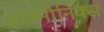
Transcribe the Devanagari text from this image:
हारमोनिक्स